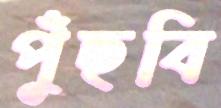
পুঁছবি